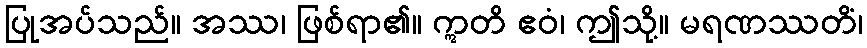
ပြုအပ်သည်။ အဿ၊ ဖြစ်ရာ၏။ ဣတိ ဧဝံ၊ ဤသို့။ မရဏဿတိံ၊